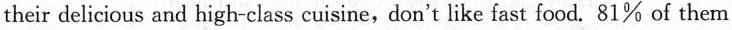
their delicious and high-class cuisine, don't like fast food. 81% of them